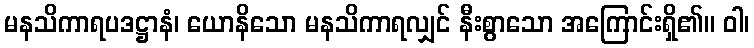
မနသိကာရပဒဋ္ဌာနံ၊ ယောနိသော မနသိကာရလျှင် နီးစွာသော အကြောင်းရှိ၏။ ဝါ၊